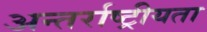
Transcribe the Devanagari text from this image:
अन्तर्राष्ट्रीयता